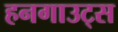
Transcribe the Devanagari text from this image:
हनगाउट्स